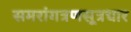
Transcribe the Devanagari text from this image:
समरांगत्रणसूत्रधार